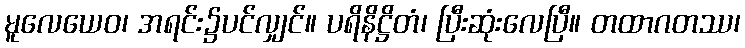
မူလေယေဝ၊ အရင်း၌ပင်လျှင်။ ပရိနိဋ္ဌိတံ၊ ပြီးဆုံးလေပြီ။ တထာဂတဿ၊